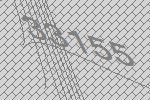
33155